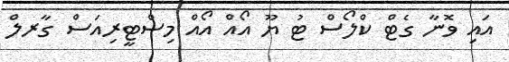
އައި ވޮނާ ގެޓް ކްލޯސް ޓު ޔޫ އޯއް އޯއް މިސްޓީރިއަސްް ގާރލް